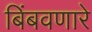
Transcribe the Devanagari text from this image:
बिंबवणारे